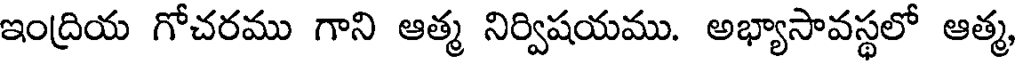
ఇంద్రియ గోచరము గాని ఆత్మ నిర్విషయము. అభ్యాసావస్థలో ఆత్మ,